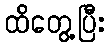
ထိတွေ့ပြီး